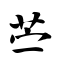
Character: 苎